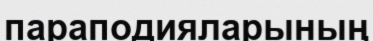
параподияларының